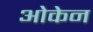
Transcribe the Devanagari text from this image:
ओकेन